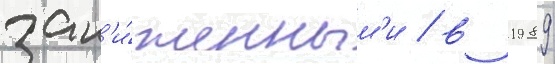
зан'и́женным'и / в 1989